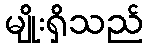
မျိုးရှိသည်